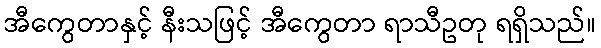
အီကွေတာနှင့် နီးသဖြင့် အီကွေတာ ရာသီဥတု ရရှိသည်။